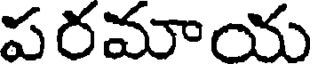
పరమాయ